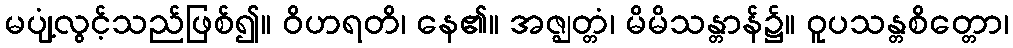
မပျံ့လွင့်သည်ဖြစ်၍။ ဝိဟရတိ၊ နေ၏။ အဇ္ဈတ္တံ၊ မိမိသန္တာန်၌။ ဝူပသန္တစိတ္တော၊